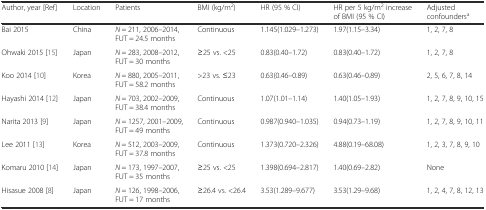
<table><thead><tr><td><b>Author, year [Ref]</b></td><td><b>Location</b></td><td><b>Patients</b></td><td><b>BMI (kg/m<sup>2</sup>)</b></td><td><b>HR (95 % CI)</b></td><td><b>HR per 5 kg/m<sup>2</sup> increase of BMI (95 % CI)</b></td><td><b>Adjusted confounders<sup>a</sup></b></td></tr></thead><tbody><tr><td>Bai 2015</td><td>China</td><td><i>N</i> = 211, 2006–2014, FUT = 24.5 months</td><td>Continuous</td><td>1.145(1.029–1.273)</td><td>1.97(1.15–3.34)</td><td>1, 2, 7, 8</td></tr><tr><td>Ohwaki 2015 [15]</td><td>Japan</td><td><i>N</i> = 283, 2008–2012, FUT = 30 months</td><td>≥25 vs. &lt;25</td><td>0.83(0.40–1.72)</td><td>0.83(0.40–1.72)</td><td>1, 2, 7, 8</td></tr><tr><td>Koo 2014 [10]</td><td>Korea</td><td><i>N</i> = 880, 2005–2011, FUT = 58.2 months</td><td>&gt;23 vs. ≤23</td><td>0.63(0.46–0.89)</td><td>0.63(0.46–0.89)</td><td>2, 5, 6, 7, 8, 14</td></tr><tr><td>Hayashi 2014 [12]</td><td>Japan</td><td><i>N</i> = 703, 2002–2009, FUT = 38.4 months</td><td>Continuous</td><td>1.07(1.01–1.14)</td><td>1.40(1.05–1.93)</td><td>1, 2, 7, 8, 9, 10, 15</td></tr><tr><td>Narita 2013 [9]</td><td>Japan</td><td><i>N</i> = 1257, 2001–2009, FUT = 49 months</td><td>Continuous</td><td>0.987(0.940–1.035)</td><td>0.94(0.73–1.19)</td><td>1, 2, 7, 8, 9, 10, 11</td></tr><tr><td>Lee 2011 [13]</td><td>Korea</td><td><i>N</i> = 512, 2003–2009, FUT = 37.8 months</td><td>Continuous</td><td>1.373(0.720–2.326)</td><td>4.88(0.19–68.08)</td><td>1, 2, 3, 7, 8, 9, 10</td></tr><tr><td>Komaru 2010 [14]</td><td>Japan</td><td><i>N</i> = 173, 1997–2007, FUT = 35 months</td><td>≥25 vs. &lt;25</td><td>1.398(0.694–2.817)</td><td>1.40(0.69–2.82)</td><td>None</td></tr><tr><td>Hisasue 2008 [8]</td><td>Japan</td><td><i>N</i> = 126, 1998–2006, FUT = 17 months</td><td>≥26.4 vs. &lt;26.4</td><td>3.53(1.289–9.677)</td><td>3.53(1.29–9.68)</td><td>1, 2, 4, 7, 8, 12, 13</td></tr></tbody></table>